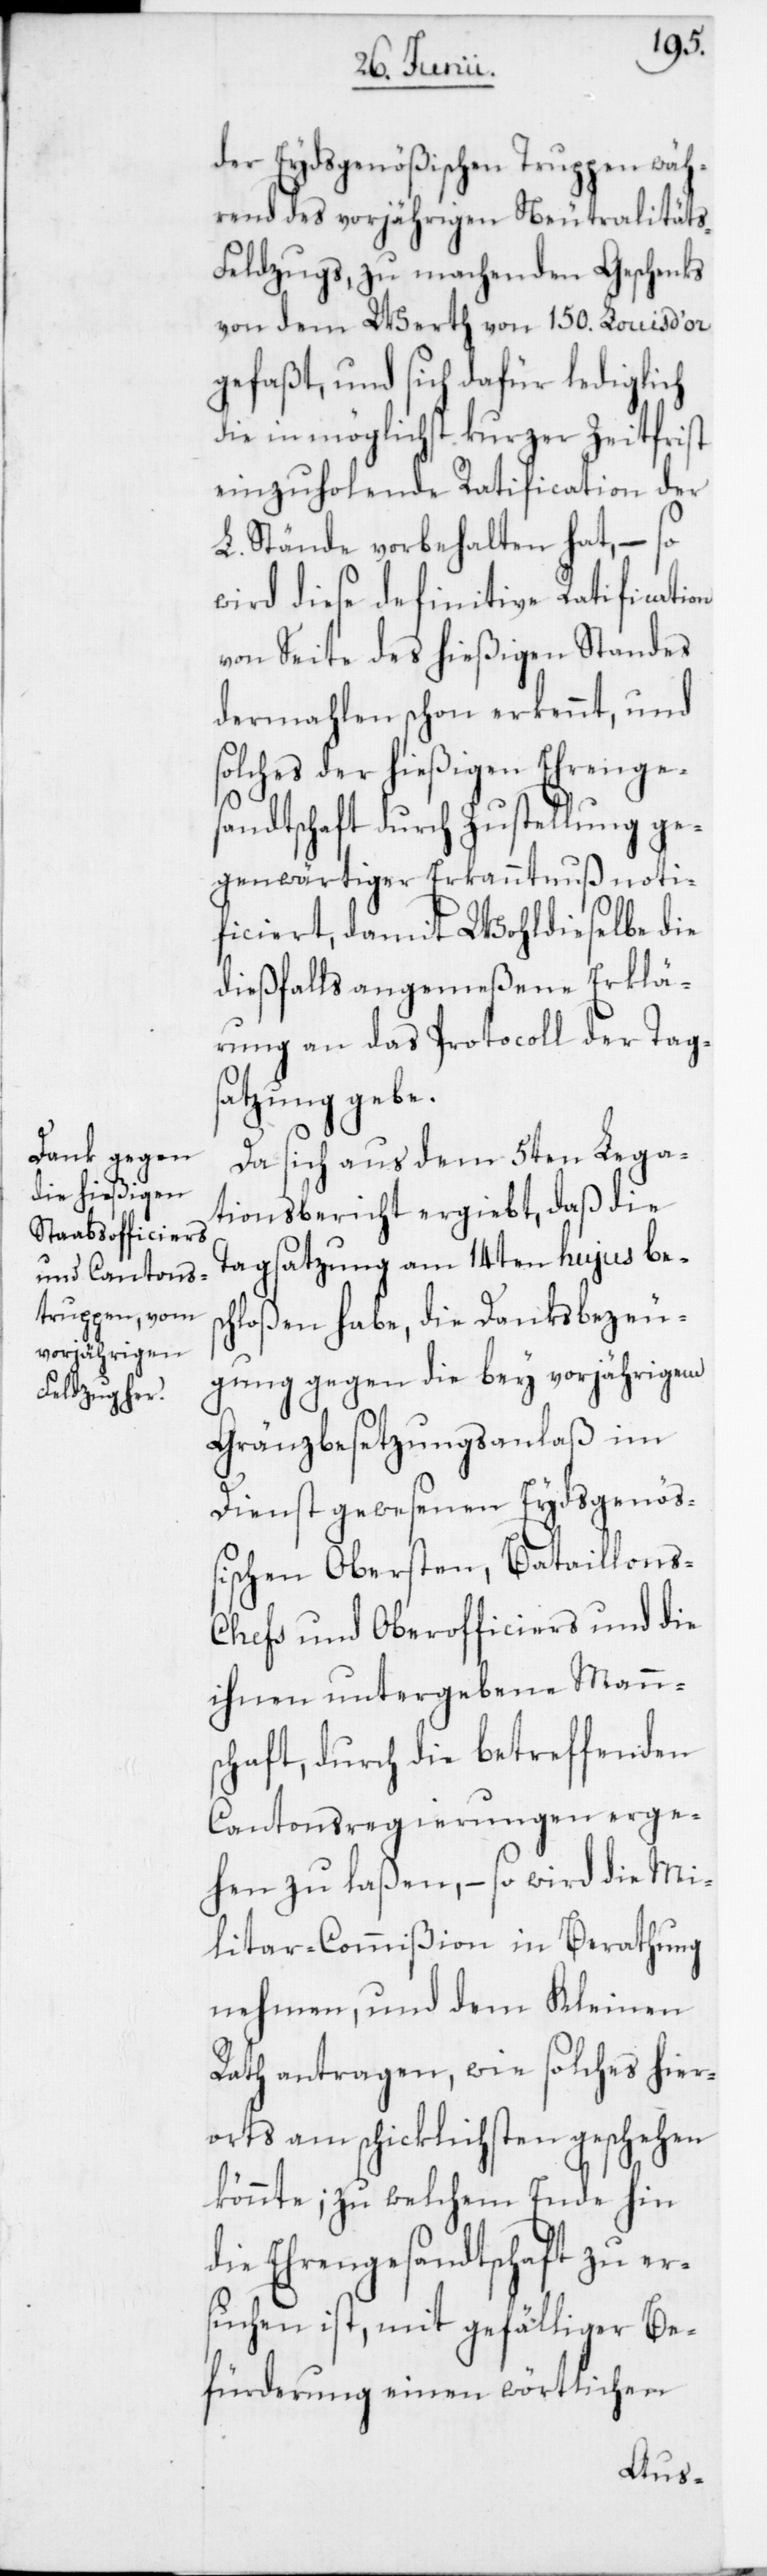
der Eydsgenößischen Truppen wäh¬
rend des vorjährigen Neutralität¬
s-Feldzugs, zu machenden Geschenks
von dem Werth von 150. Louis d’or
gefaßt, und sich dafür lediglich
die in möglichst kurzer Zeitfrist
einzuholende Ratification der
L. Stände vorbehalten hat, – so
wird diese definitive Ratification
von Seite des hießigen Standes,
dermahlen schon erkennt, und s¬
olches der hießigen Ehrenges¬
andtschaft durch Zustellung ge¬
genwärtiger Erkanntnuß noti¬
ficiert, damit Wohldieselbe die
dießfalls angemeßene Erklä¬
rung an das Protocoll der Tag¬
satzung gebe.
Da sich aus dem 5ten Lega¬
tionsbericht ergiebt, daß die
Tagsatzung am 14ten hujus bes¬
chloßen habe, die Danksbezeu¬
gung gegen die bey vorjährigen
Gränzbesetzungsanlaß im
Dienst gewesenen Eydsgenöß¬
ischen Obersten, Bataillon¬
s-Chefs und Oberofficiers und die
ihnen untergebene Mann¬
schaft, durch die betreffenden
Cantonsregierungen erge¬
hen zu laßen, – so wird die Mi¬
litar-Commißion in Berathung
nehmen, und dem Kleinen
Rath antragen, wie solches hier¬
orts am schicklichsten geschehen
könnte; zu welchem Ende hin
die Ehrengesandtschaft zu er¬
suchen ist, mit gefälliger Be¬
fürderung einen wörtlichen